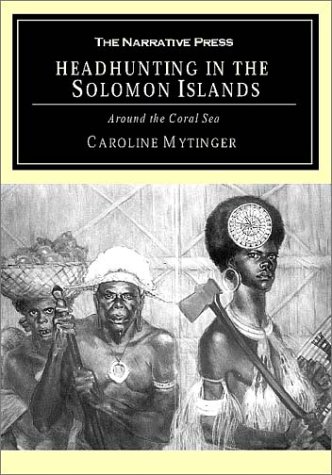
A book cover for Headhunting in the Solomon Islands: Around the Coral Sea; Caroline Mytinger; Travel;